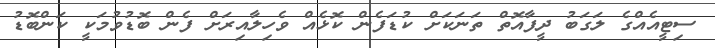
ސިޓީއެއްގެ ލަގަބު ދީފާއޮތް ތަނަކަށް ކުޑަފެން ކޮޅެއް ވެހިލާއިރަށް ފެން ބޮޑުވުމަކީ ކަންބޮޑު